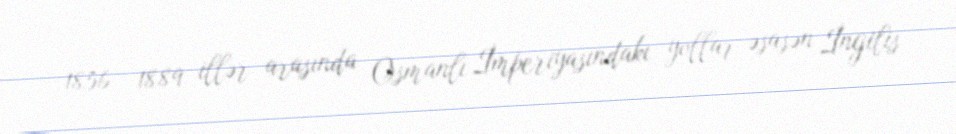
1856 - 1889 illər arasında Osmanlı İmperiyasındakı yollar əsasən İngilis